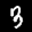
Label: 3